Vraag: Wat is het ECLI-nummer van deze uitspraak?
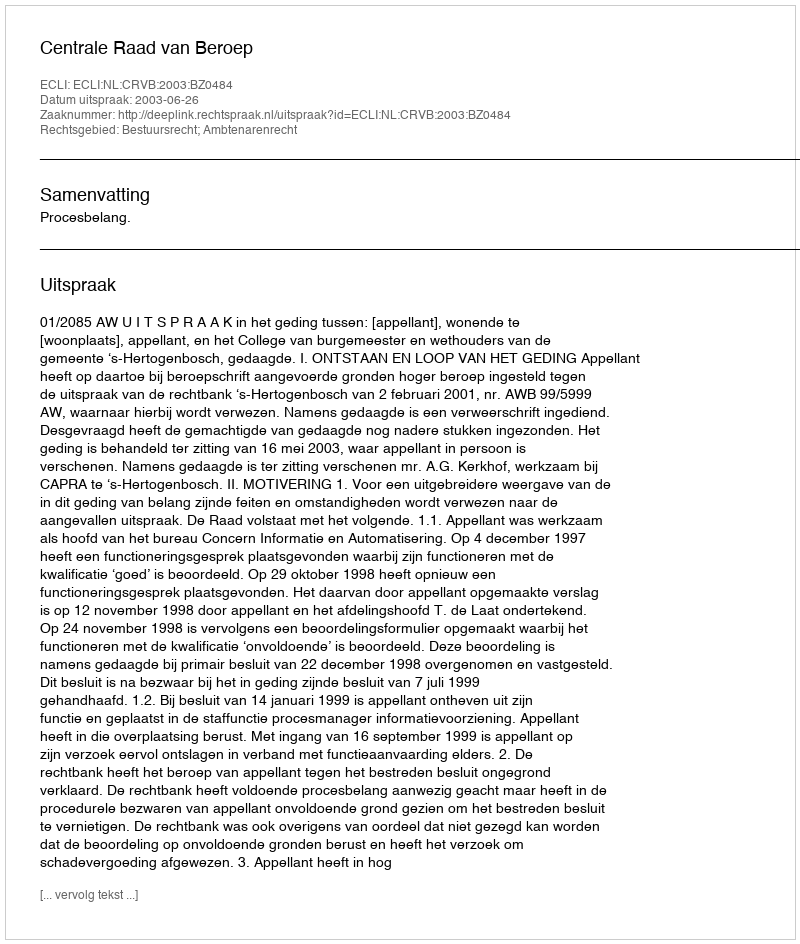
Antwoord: ECLI:NL:CRVB:2003:BZ0484